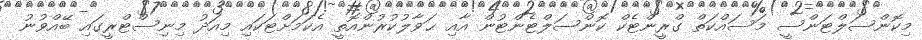
މިކޮންސަލްޓަންސީ މަސައްކަތް ގްރީންޓެކް ކޮންސަލްޓެންޓުން އާއި ޙަވާލުކުރުންއޮތީ އެކަމަށްޓަކައި މިއަދު މިނިސްޓްރީގައި ބޭއްވުނު